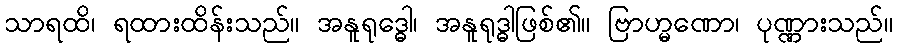
သာရထိ၊ ရထားထိန်းသည်။ အနူရုဒ္ဓေါ၊ အနူရုဒ္ဓါဖြစ်၏။ ဗြာဟ္မဏော၊ ပုဏ္ဏားသည်။